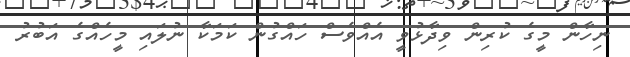
ނިހާން މީގެ ކުރިން ވިދާޅުވީ އެއްވެސް ހައްގުން ކަމަކާ ނުލައި މީހެއްގެ އަބުރު